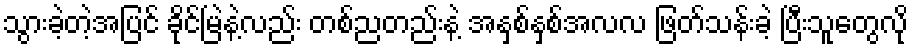
သွားခဲ့တဲ့အပြင် ခိုင်မြဲနဲ့လည်း တစ်ညတည်းနဲ့ အနှစ်နှစ်အလလ ဖြတ်သန်းခဲ့ ပြီးသူတွေလို